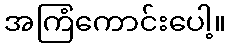
အကြံကောင်းပေါ့။